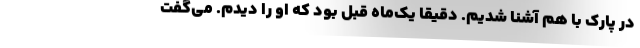
در پارک با هم آشنا شدیم. دقیقا یک‌ماه قبل بود که او را دیدم. می‌گفت